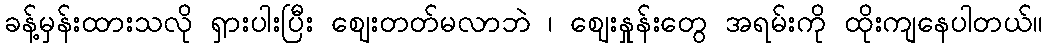
ခန့်မှန်းထားသလို ရှားပါးပြီး ဈေးတတ်မလာဘဲ ၊ ဈေးနှုန်းတွေ အရမ်းကို ထိုးကျနေပါတယ်။